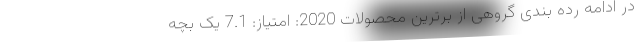
در ادامه رده بندی گروهی از برترین محصولات 2020: امتیاز: 7.1 یک بچه